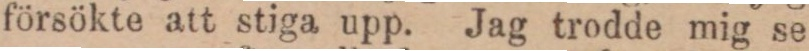
försökte att stiga upp. Jag trodde mig se